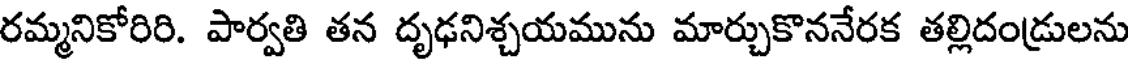
రమ్మనికోరిరి. పార్వతి తన దృఢనిశ్చయమును మార్చుకొననేరక తల్లిదండ్రులను